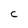
Character: C